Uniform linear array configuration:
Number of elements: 32
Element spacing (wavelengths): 0.75
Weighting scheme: cosine
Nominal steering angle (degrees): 30
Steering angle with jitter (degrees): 30.833
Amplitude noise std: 0.05
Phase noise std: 0.05

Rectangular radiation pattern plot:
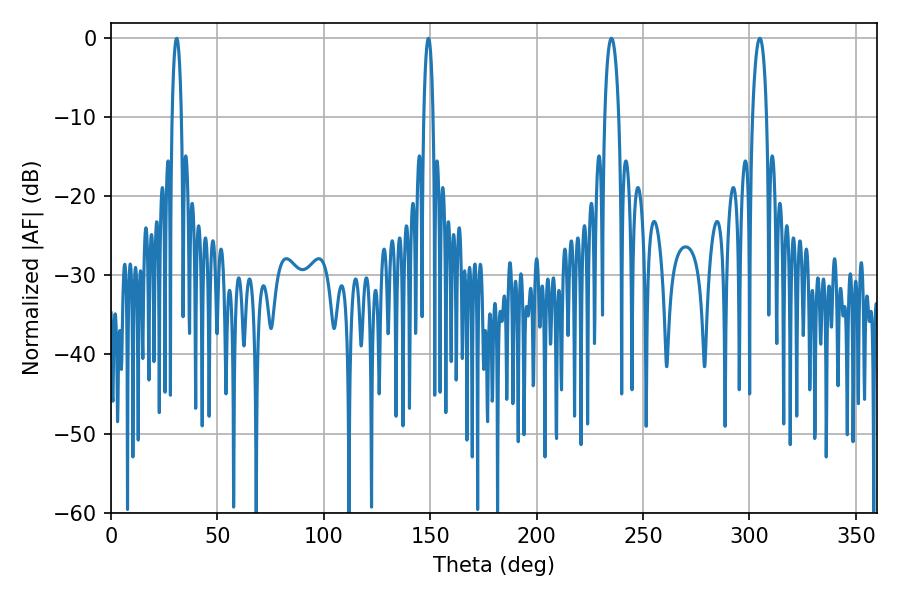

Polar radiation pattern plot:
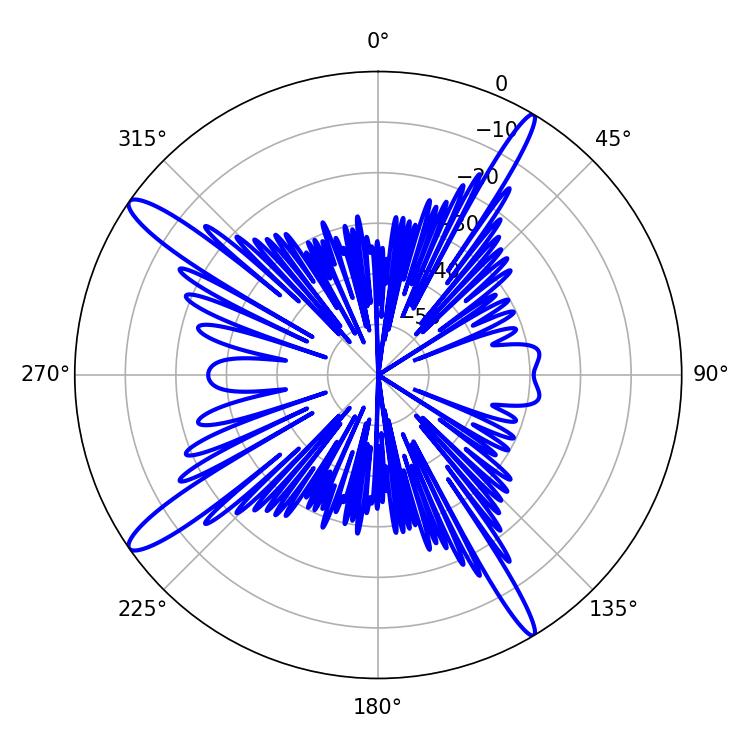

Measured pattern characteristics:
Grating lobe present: TRUE
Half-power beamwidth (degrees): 3.78
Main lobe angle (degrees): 235.08